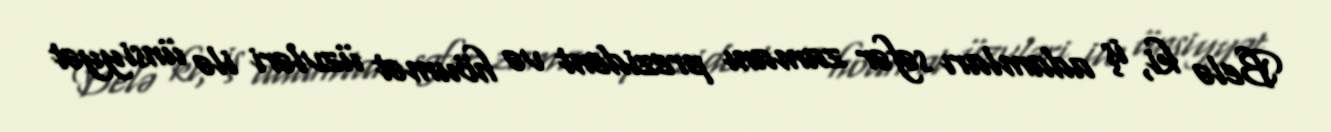
Belə ki, iş adamları səfər zamanı prezident və höumət üzvləri ilə ünsiyyət